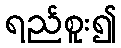
ရည်စူး၍